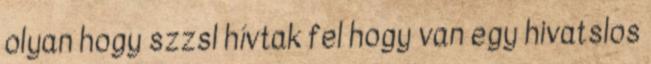
olyan hogy szzsl hívtak fel hogy van egy hivatslos